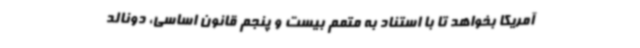
آمریکا بخواهد تا با استناد به متمم بیست و پنجم قانون اساسی، دونالد